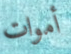
أموات